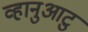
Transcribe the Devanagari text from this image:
व्हानुआटु